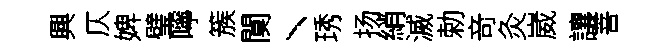
興仄婢璧嚀簇闃丶琇扬綃滅勅竒灸崴讓菩